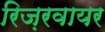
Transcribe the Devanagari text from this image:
रिज़रवायर